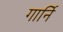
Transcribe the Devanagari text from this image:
गार्नि